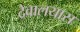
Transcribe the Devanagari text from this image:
देवालयास